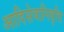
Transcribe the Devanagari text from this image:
आदिसेवानिवृत्ति